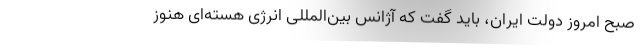
صبح امروز دولت ایران، باید گفت که آژانس بین‌المللی انرژی هسته‌ای هنوز